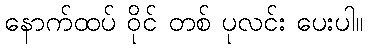
နောက်ထပ် ဝိုင် တစ် ပုလင်း ပေးပါ။